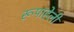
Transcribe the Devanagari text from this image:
रूपाहेली